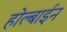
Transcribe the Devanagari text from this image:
होल्बाईन